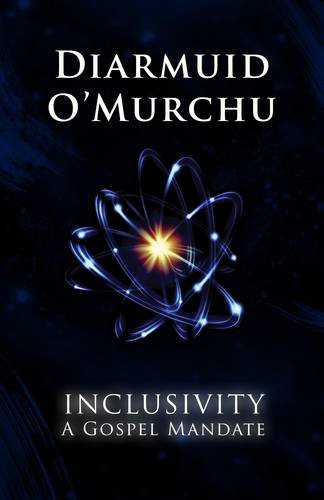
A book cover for Inclusivity: A Gospel Mandate; Diarmuid O'Murchu; Christian Books & Bibles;